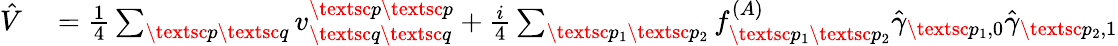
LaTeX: \begin{array}{rl}{\hat{V}}&{{}=\frac{1}{4}\sum_{\textsc{p}\textsc{q}}v_{\textsc{q}\textsc{q}}^{\textsc{p}\textsc{p}}+\frac{i}{4}\sum_{\substack{\textsc{p}_{1}\textsc{p}_{2}}}f_{\textsc{p}_{1}\textsc{p}_{2}}^{(A)}\hat{\gamma}_{\textsc{p}_{1},0}\hat{\gamma}_{\textsc{p}_{2},1}}\end{array}